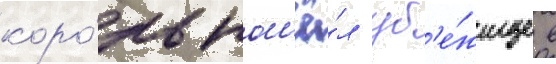
коро́ль нашё́л уб'е́жище в